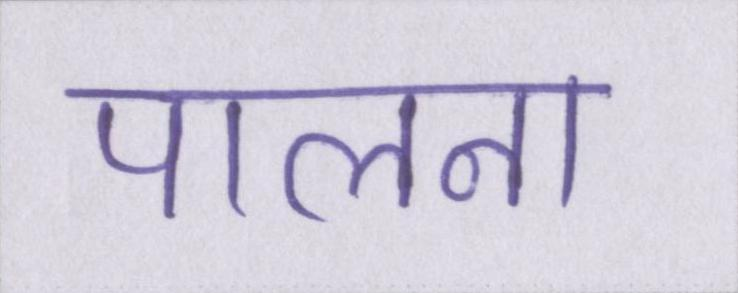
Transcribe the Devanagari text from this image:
पालना